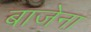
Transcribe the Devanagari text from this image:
बाजेना